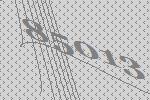
85013